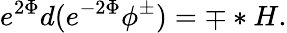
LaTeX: e^{2\Phi}d(e^{-2\Phi}\phi^{\pm})=\mp*H.